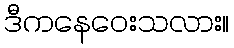
ဒီကနေဝေးသလား။